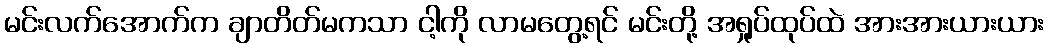
မင်းလက်အောက်က ချာတိတ်မကသာ ငါ့ကို လာမတွေ့ရင် မင်းတို့ အရှုပ်ထုပ်ထဲ အားအားယားယား